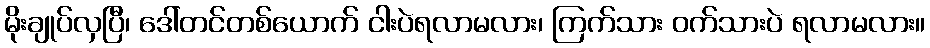
မိုးချုပ်လှပြီ၊ ဒေါ်တင်တစ်ယောက် ငါးပဲရလာမလား၊ ကြက်သား ဝက်သားပဲ ရလာမလား။